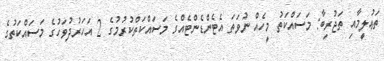
ތަޢުލީމާއި ތަޖުރިބާ: މަސައްކަތު މީހެއް ނުވަތަ އެޓެންޑެންޓެއްގެ މަސައްކަތްކުރުމުގެ 2 އަހަރުދުވަހުގެ މަސައްކަތުގެ